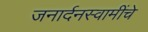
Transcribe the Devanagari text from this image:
जनार्दनस्वामींचे